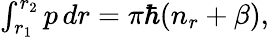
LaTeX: \begin{array}{r}{\int_{r_{1}}^{r_{2}}p\, dr=\pi\hbar(n_{r}+\beta),}\end{array}